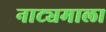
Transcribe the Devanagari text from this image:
नाट्यमाला